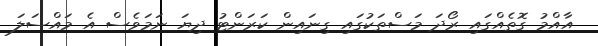
އާއްމު ގޮތެއްގައި ރޯދަ މަސްތަކުގައި ގިނައިން ކަރަންޓު ދިޔަ ނަމަވެސް އެ މައްސަލަ